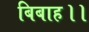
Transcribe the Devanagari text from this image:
बिबाह।।